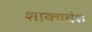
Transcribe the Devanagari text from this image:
शाक्यवंश